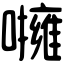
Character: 𡃵